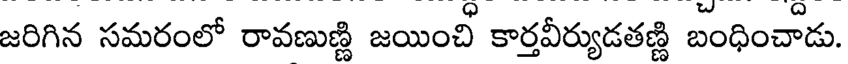
జరిగిన సమరంలో రావణుణ్ణి జయించ్ కార్తవీర్యుడతణ్ణి బంధించాడు.